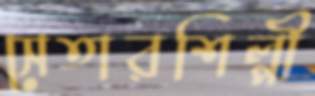
সেতারশিল্পী